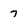
Character: 7